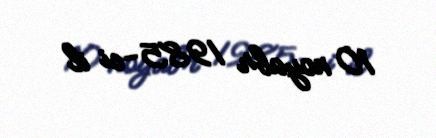
10 noyabr 1985-ci il